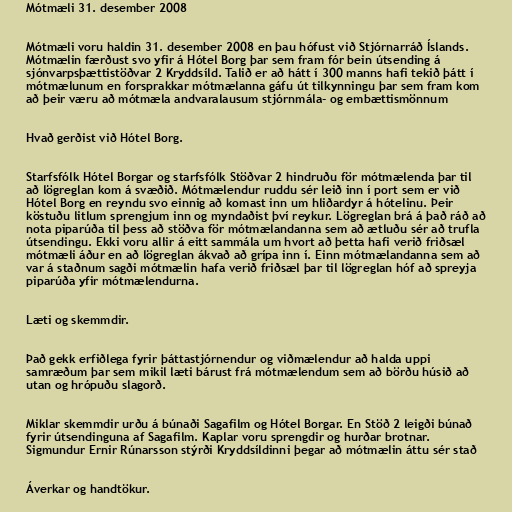
Mótmæli 31. desember 2008

Mótmæli voru haldin 31. desember 2008 en þau hófust við Stjórnarráð Íslands.
Mótmælin færðust svo yfir á Hótel Borg þar sem fram fór bein útsending á
sjónvarpsþættistöðvar 2 Kryddsíld. Talið er að hátt í 300 manns hafi tekið þátt í
mótmælunum en forsprakkar mótmælanna gáfu út tilkynningu þar sem fram kom
að þeir væru að mótmæla andvaralausum stjórnmála- og embættismönnum

Hvað gerðist við Hótel Borg.

Starfsfólk Hótel Borgar og starfsfólk Stöðvar 2 hindruðu för mótmælenda þar til
að lögreglan kom á svæðið. Mótmælendur ruddu sér leið inn í port sem er við
Hótel Borg en reyndu svo einnig að komast inn um hliðardyr á hótelinu. Þeir
köstuðu litlum sprengjum inn og myndaðist því reykur. Lögreglan brá á það ráð að
nota piparúða til þess að stöðva för mótmælandanna sem að ætluðu sér að trufla
útsendingu. Ekki voru allir á eitt sammála um hvort að þetta hafi verið friðsæl
mótmæli áður en að lögreglan ákvað að grípa inn í. Einn mótmælandanna sem að
var á staðnum sagði mótmælin hafa verið friðsæl þar til lögreglan hóf að spreyja
piparúða yfir mótmælendurna.

Læti og skemmdir.

Það gekk erfiðlega fyrir þáttastjórnendur og viðmælendur að halda uppi
samræðum þar sem mikil læti bárust frá mótmælendum sem að börðu húsið að
utan og hrópuðu slagorð.

Miklar skemmdir urðu á búnaði Sagafilm og Hótel Borgar. En Stöð 2 leigði búnað
fyrir útsendinguna af Sagafilm. Kaplar voru sprengdir og hurðar brotnar.
Sigmundur Ernir Rúnarsson stýrði Kryddsíldinni þegar að mótmælin áttu sér stað

Áverkar og handtökur.